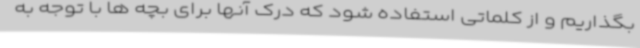
بگذاریم و از کلماتی استفاده شود که درک آنها برای بچه ها با توجه به